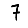
Digit: 7